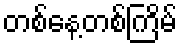
တစ်နေ့တစ်ကြိမ်